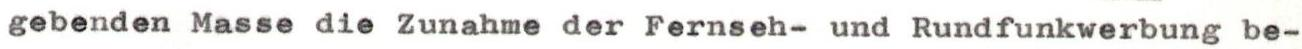
gebenden Masse die Zunahme der Fernseh- und Rundfunkwerbung be-